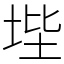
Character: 㙄